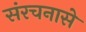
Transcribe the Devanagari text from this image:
संरचनासे